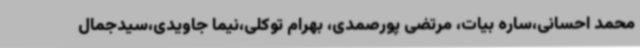
محمد احسانی،ساره بیات، مرتضی پورصمدی، بهرام توکلی،نیما جاویدی،سیدجمال